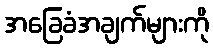
အခြေခံအချက်များကို